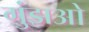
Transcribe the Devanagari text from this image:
गुंझओ